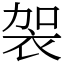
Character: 袈